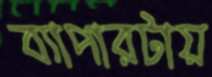
ব্যাপারটায়